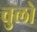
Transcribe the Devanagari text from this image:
चुलो